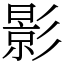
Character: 影